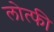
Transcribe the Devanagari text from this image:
लोत्फी